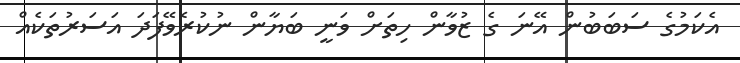
އެކަމުގެ ސަބަބުން އޭނަ ގެ ޒުވާން ހިތަށް ވަނީ ބަޔާން ނުކުރެވޭފަދަ އަސަރުތަކެއް